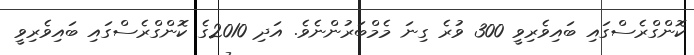
ކޮންގްރެސްގައި ބައިވެރިވީ 300 ވުރެ ގިނަ މެމްބަރުންނެވެ. އަދި 2010ގެ ކޮންގްރެސްގައި ބައިވެރިވީ